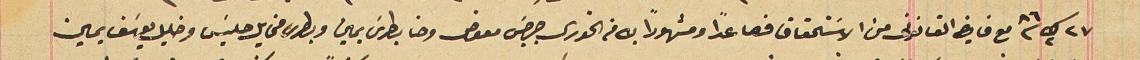
٢٧ ك٢ /٨٦ مع فايض القانونى من الاسَتحقاق فصاعداً ومشهوراً به من الخورى جرجسَ معوض وحنا بطرسَ يمين وبطرس مخايل حليسَ وخليل يوسَف يمين